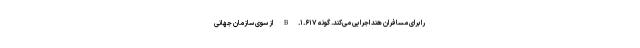
را برای مسافران هند اجرایی می‌کند. گونه B.۱.۶۱۷ از سوی سازمان جهانی